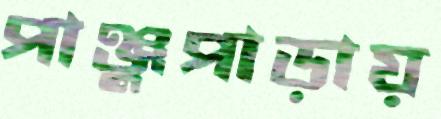
পাঞ্জুপাড়ায়